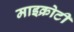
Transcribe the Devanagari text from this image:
माइक्रोटी